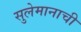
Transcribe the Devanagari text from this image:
सुलेमानाची